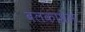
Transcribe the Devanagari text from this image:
बलकाश्रम